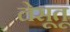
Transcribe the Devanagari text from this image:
लेसूतू